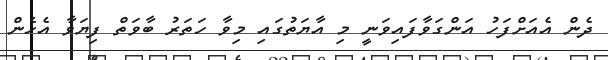
ދެން އެއަށްފަހު އަންގަވާފައިވަނީ މި އާޔަތުގައި މިވާ ހަތަރު ބާވަތް ފިޔަވާ އެހެން